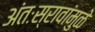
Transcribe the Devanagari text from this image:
अंतःस्रावांमुळे